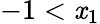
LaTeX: -1<\mathit{x}_{1}